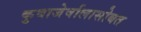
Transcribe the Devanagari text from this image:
कुवाजेर्वालासोबत